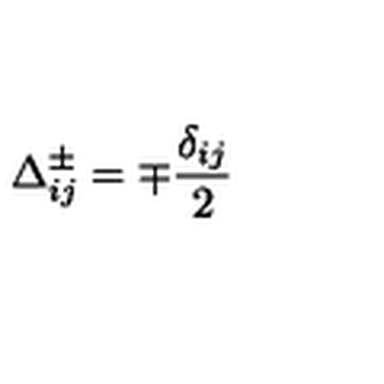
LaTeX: \Delta _ { i j } ^ { \pm } = \mp \frac { \delta _ { i j } } { 2 }